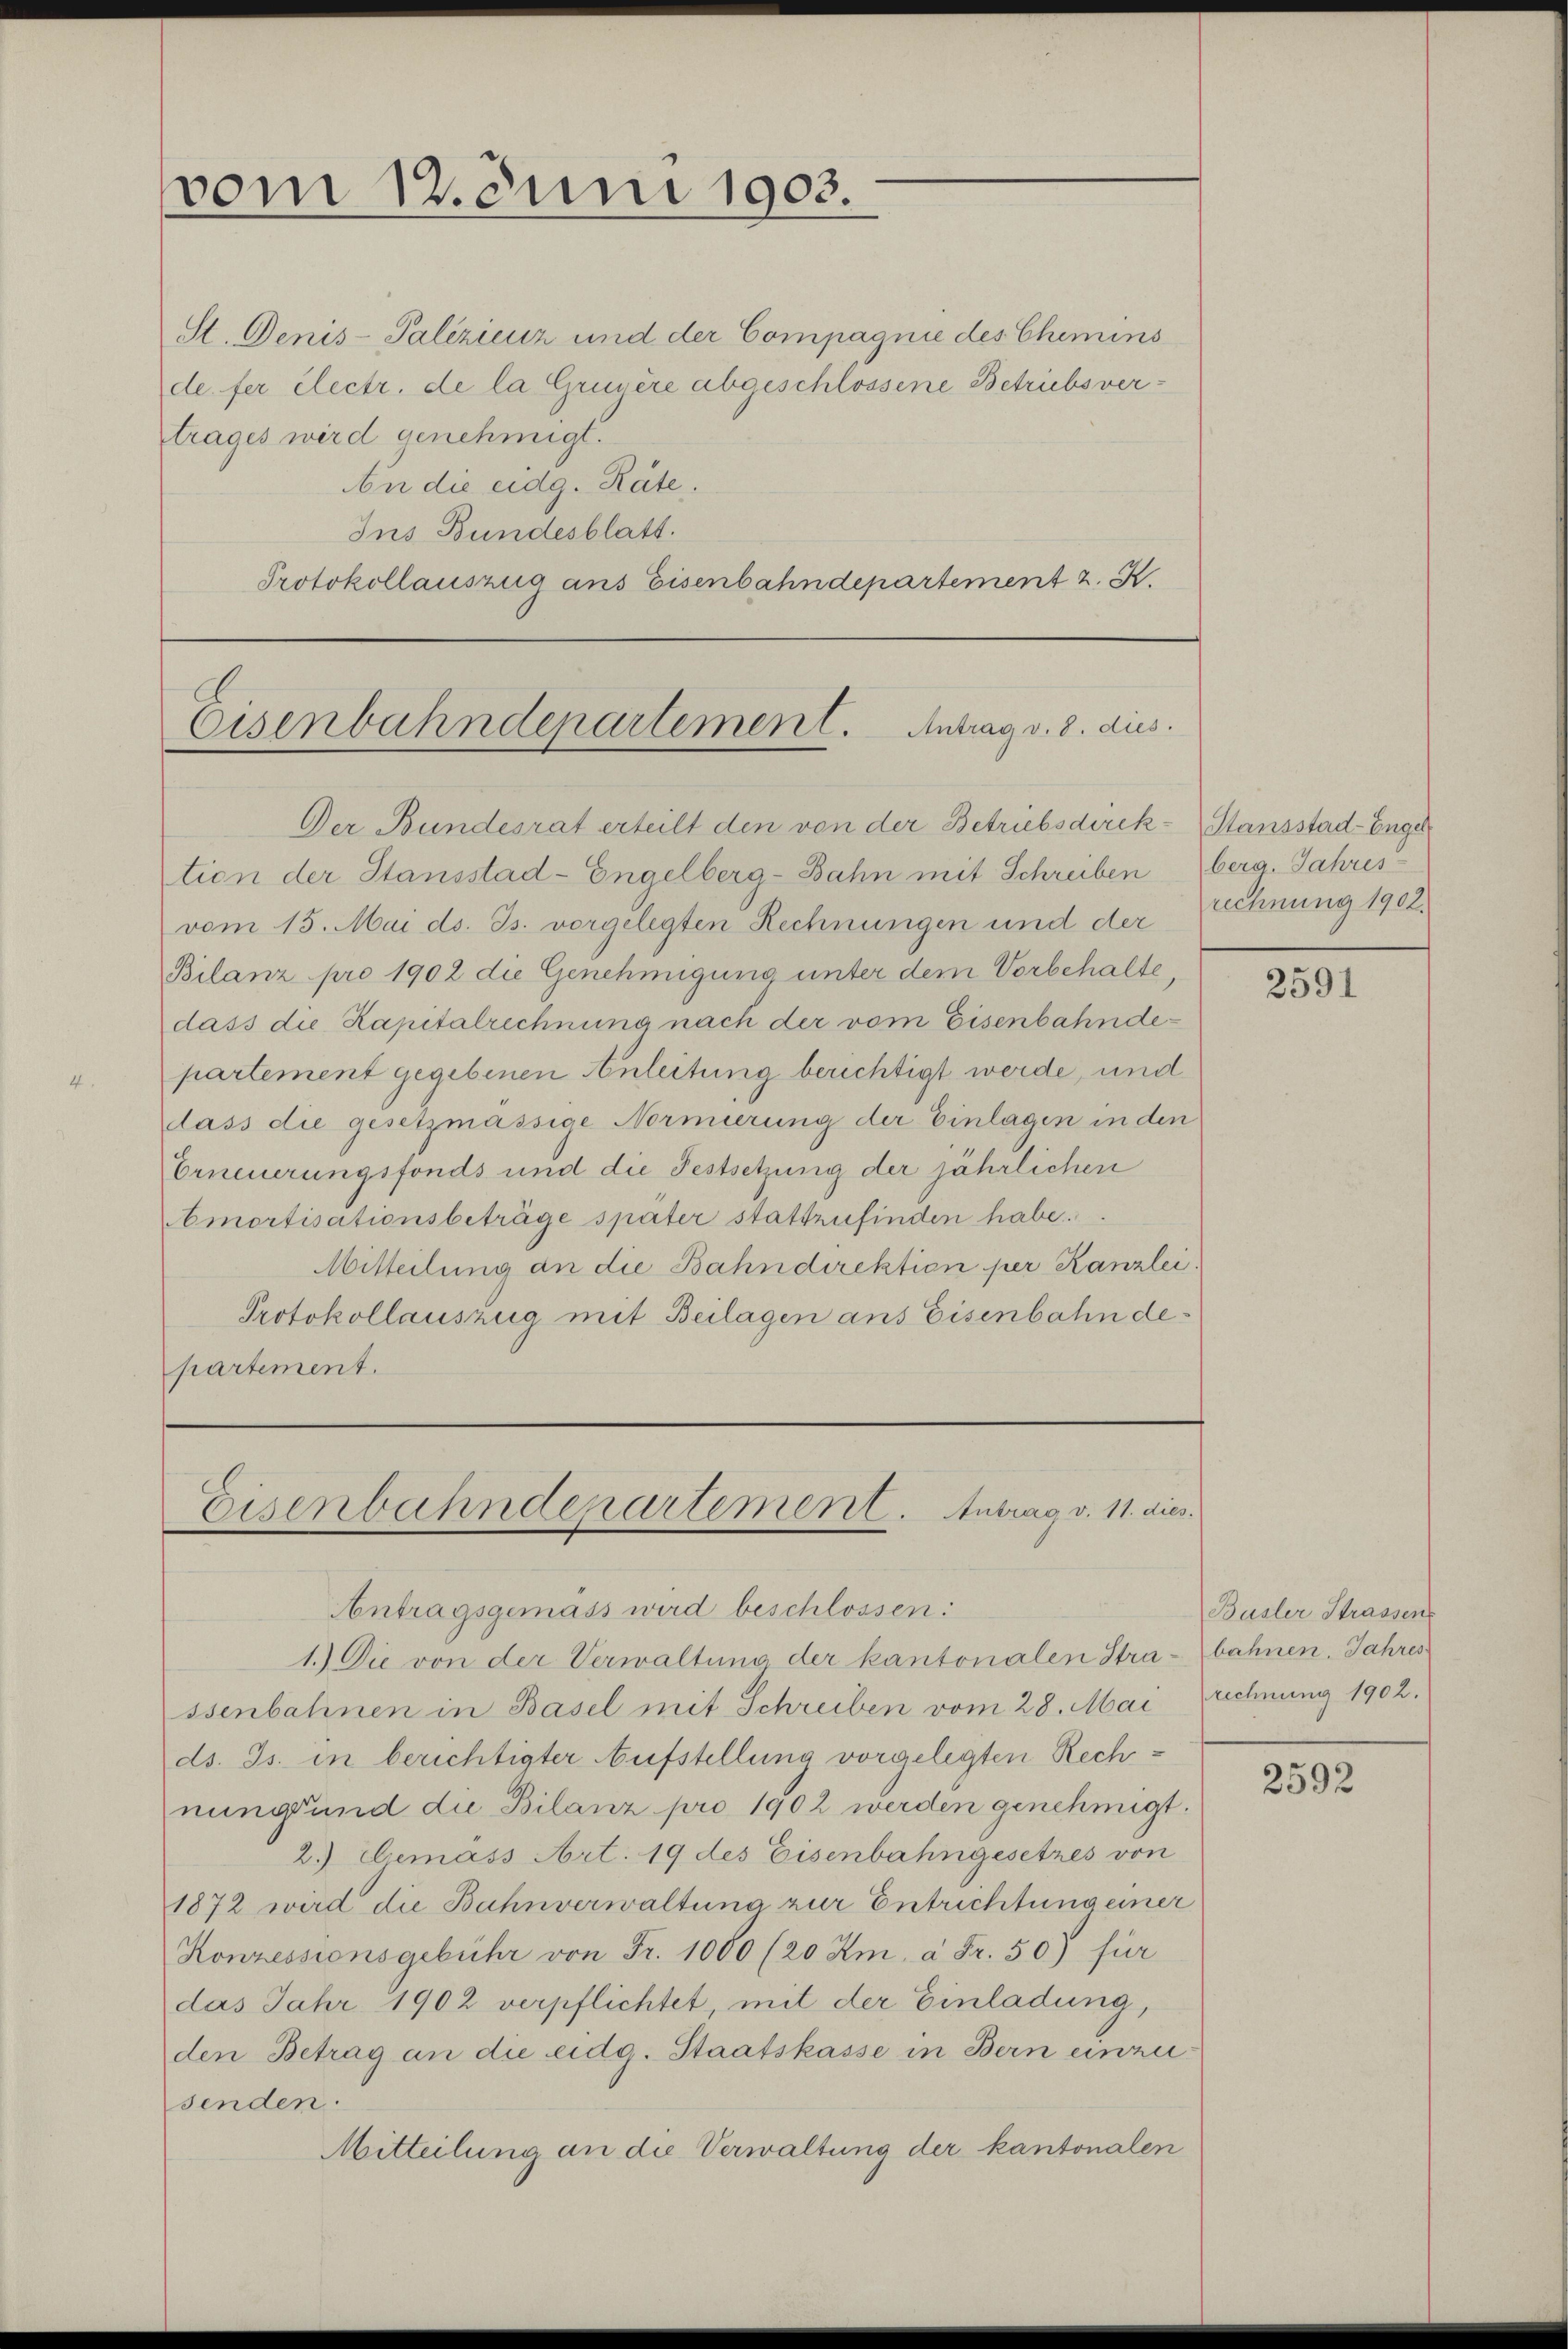
vom 12. Juni 1903.

St. Denis-Palizienz und der Compagnie des Chemins
de. fer électr. de la Gruyère abgeschlossene Betriebsvertrages wird genehmigt.
An die eidg. Räte.
Ins Bundesblatt.
Protokollauszug aus Eisenbahndepartement z. K.

Eisenbahndepartement. Antrag v. 8. dies.

Der Bundesrat erteilt den von der Betriebsdirek-Stansstad-Engel
tion der Stansstad-Engelberg-Bahn mit Schreiben berg. Jahres-
vom 15. Mai d. Js. vorgelegten Rechnungen und der
Bilanz pro 1902 die Genehmigung unter dem Vorbehalte,
dass die Kapitalrechnung nach der vom Eisenbahndepartement gegebenen Anleitung berichtigt werde, und
dass die gesetzmässige Normierung der Einlagen in den
Erneuerungsfonds und die Festsetzung der jährlichen
Amortisationsbeträge später stattzufinden habe.
Mitteilung an die Bahndirektion per Kanzlei
Protokollauszug mit Beilagen ans Eisenbahn departement.

Eisenbahndepartement. Antrag v. 11. dies
Antragsgemäss wird beschlossen:
1.) Die von der Verwaltung der kantonalen Stra¬

ssenbahnen in Basel mit Schreiben vom 28. Mai
ds. Js. in berichtigter Aufstellung vorgelegten Rechnung und die Bilanz pro 1902 werden genehmigt.
2.) Demass Art. 19 des Eisenbahngesetzes von
1872 wird die Bahnverwaltung zur Entrichtung einer
Konzessionsgebühr von Fr. 1000 (20 Km. à Fr. 50) für
das Jahr 1902 verpflichtet, mit der Einladung,
den Betrag an die eidg. Staatskasse in Bern einzu
senden.
Mitteilung an die Verwaltung der kantonalen

rechnung 1902.

2591

Büsler Strassen
bahnen. Jahres
rechnung 1902.

2592